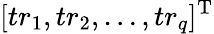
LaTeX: [tr_{1},tr_{2},\ldots,tr_{q}]^{\mathrm{T}}